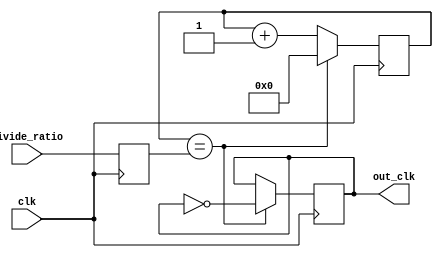
module clock_divider (
  input clk,
  input [7:0] divide_ratio,
  output reg out_clk
);

reg [7:0] count;
reg [7:0] threshold;

always @ (posedge clk) begin
  count <= count + 1;
  if (count == threshold) begin
    count <= 0;
    out_clk <= ~out_clk;
  end
end

always @ (posedge clk) begin
  threshold <= divide_ratio;
end

endmodule